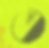
ত